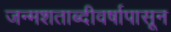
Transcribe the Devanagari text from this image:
जन्मशताब्दीवर्षापासून